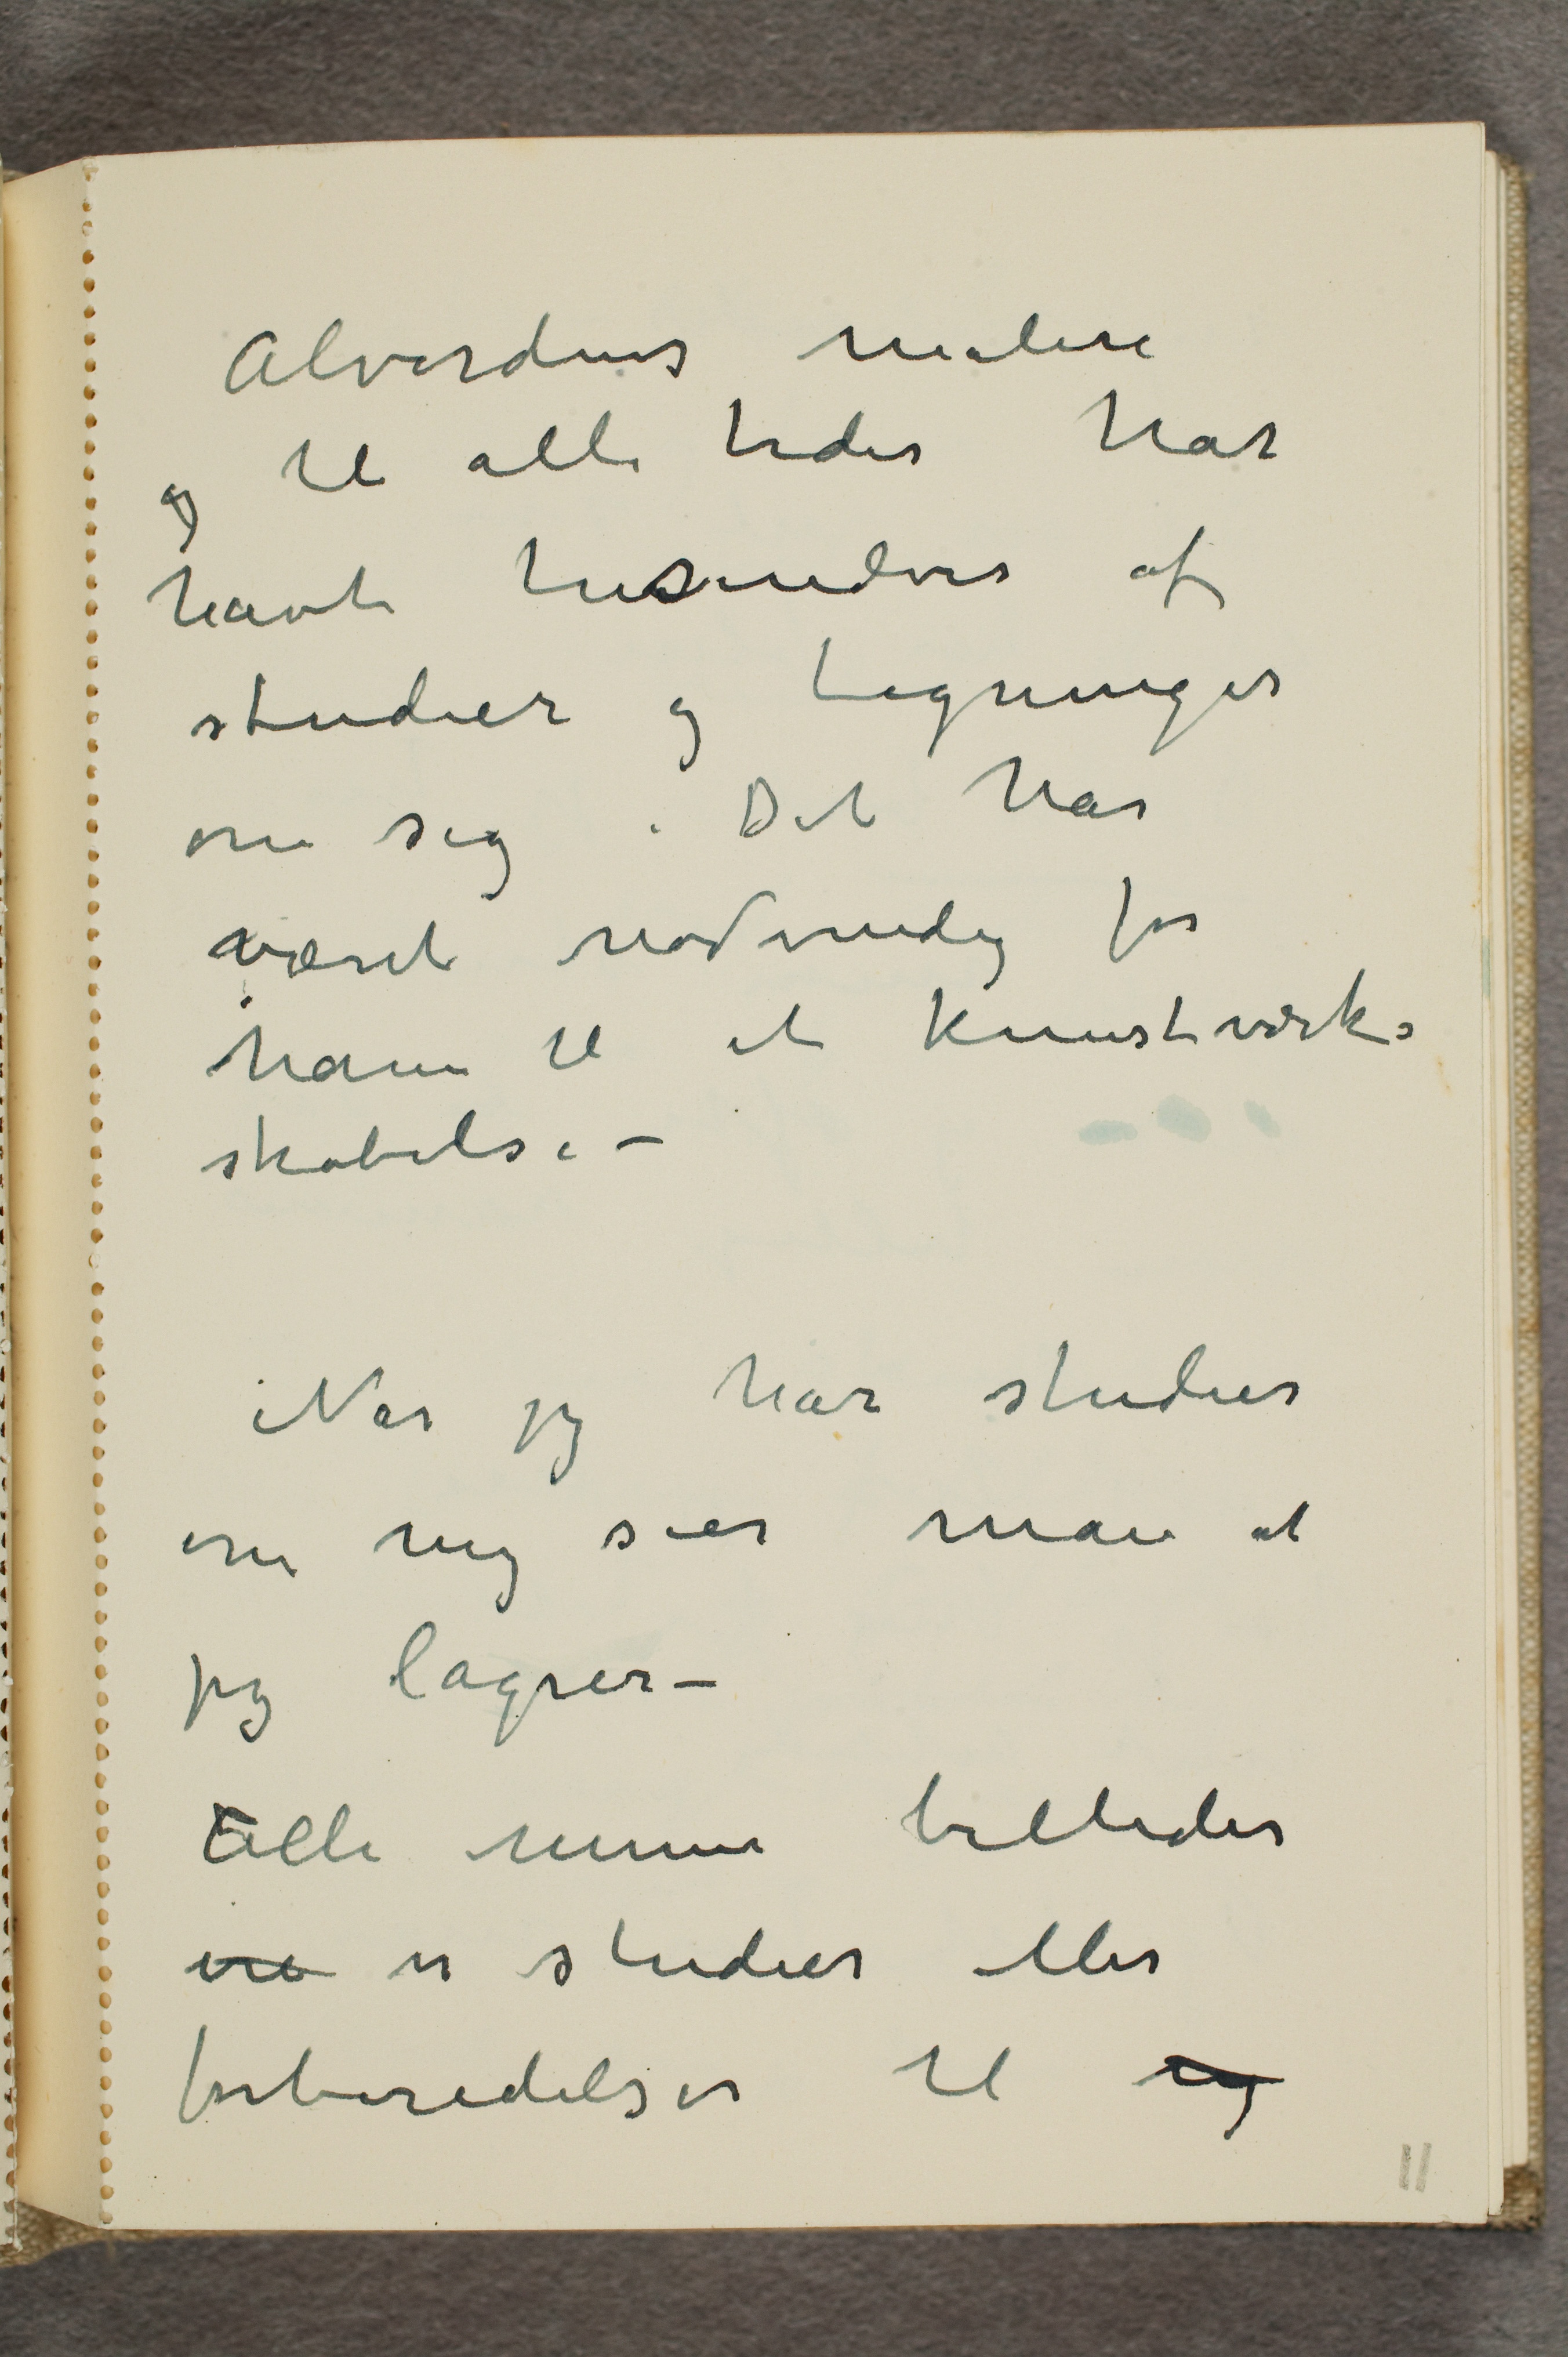
Alverdens malere
og til alle tider har
havt tusindvis af
studier og tegninger
om sig. Det har
været nødvendig for
ham til et kunstværks
skabelse -
Når jeg har studier
om mig sier man at
jeg lagrer -
Alle mine billeder
... er studier eller
 forberedelser til ...